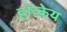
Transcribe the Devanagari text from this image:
हॉव्केय